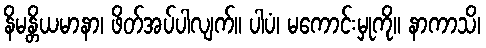
နိမန္တိယမာနာ၊ ဖိတ်အပ်ပါလျက်။ ပါပံ၊ မကောင်းမှုကို။ နာကာသိ၊